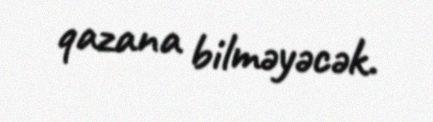
qazana bilməyəcək.